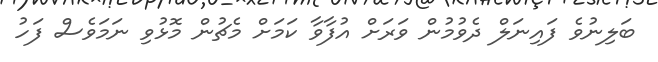
ބަލިނުވެ ފައިނަލް ދެވުމުން ވަރަށް އުފާވާ ކަމަށް މެޗުން މޮޅުވި ނަމަވެސް ފަހު